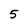
Character: 5